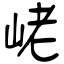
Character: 峔